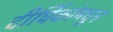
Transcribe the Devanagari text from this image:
दीर्घिकांमधून